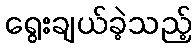
ရွေးချယ်ခဲ့သည့်